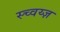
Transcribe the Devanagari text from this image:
स्च्वय्ज़